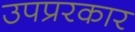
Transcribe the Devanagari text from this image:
उपप्ररकार